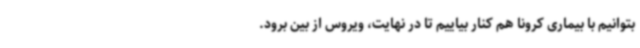
بتوانیم با بیماری کرونا هم کنار بیاییم تا در نهایت، ویروس از بین برود.